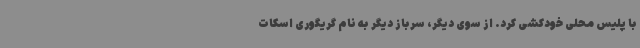
با پلیس محلی خودکشی کرد. از سوی دیگر، سرباز دیگر به نام گریگوری اسکات